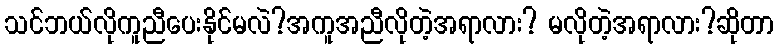
သင်ဘယ်လိုကူညီပေးနိုင်မလဲ?အကူအညီလိုတဲ့အရာလား? မလိုတဲ့အရာလား?ဆိုတာ